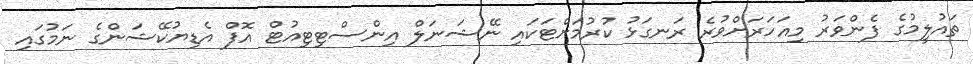
ތައުލީމުގެ ފެންވަރު މިއަހަރަށްވުރެ ރަނގަޅު ކުރުމަށްޓަކައި ނޭޝަނަލް އިންސްޓިޓިއުޓް އޮފް އެޑިޔުކޭޝަންގެ ނަމުގައި